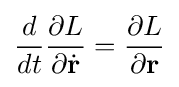
{\frac {d}{dt}}{\frac {\partial L}{\partial {\dot {\mathbf {r} }}}}={\frac {\partial L}{\partial \mathbf {r} }}